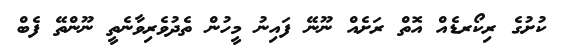
ކުށުގެ ރިކޯރޑެއް އޮތް ރަށެއް ނޫނޭ ފައިނު މީހުން ތެދުވެރިވާނެތީ ނޫންތޭ ފެބް